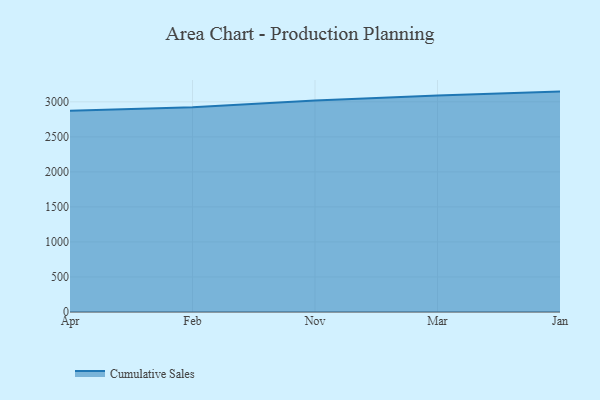
{"axis": {"x": "Month", "y": "Customer Acquisition Cost (USD)"}, "legend": ["Cumulative Sales"], "data": [{"x": "Apr", "y": 2873.1, "type": "Cumulative Sales"}, {"x": "Feb", "y": 2921.0, "type": "Cumulative Sales"}, {"x": "Nov", "y": 3018.8, "type": "Cumulative Sales"}, {"x": "Mar", "y": 3090.3, "type": "Cumulative Sales"}, {"x": "Jan", "y": 3146.1, "type": "Cumulative Sales"}]}